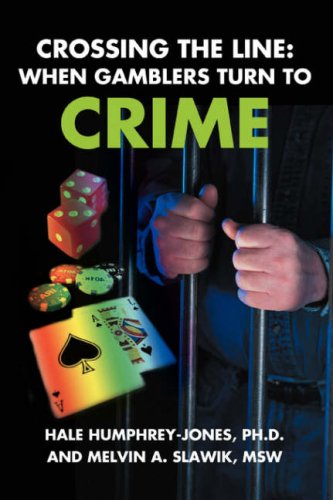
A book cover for Crossing the Line: When Gamblers Turn to Crime; S. Hale Humphrey; Health, Fitness & Dieting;